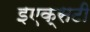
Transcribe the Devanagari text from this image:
इएक्सटी